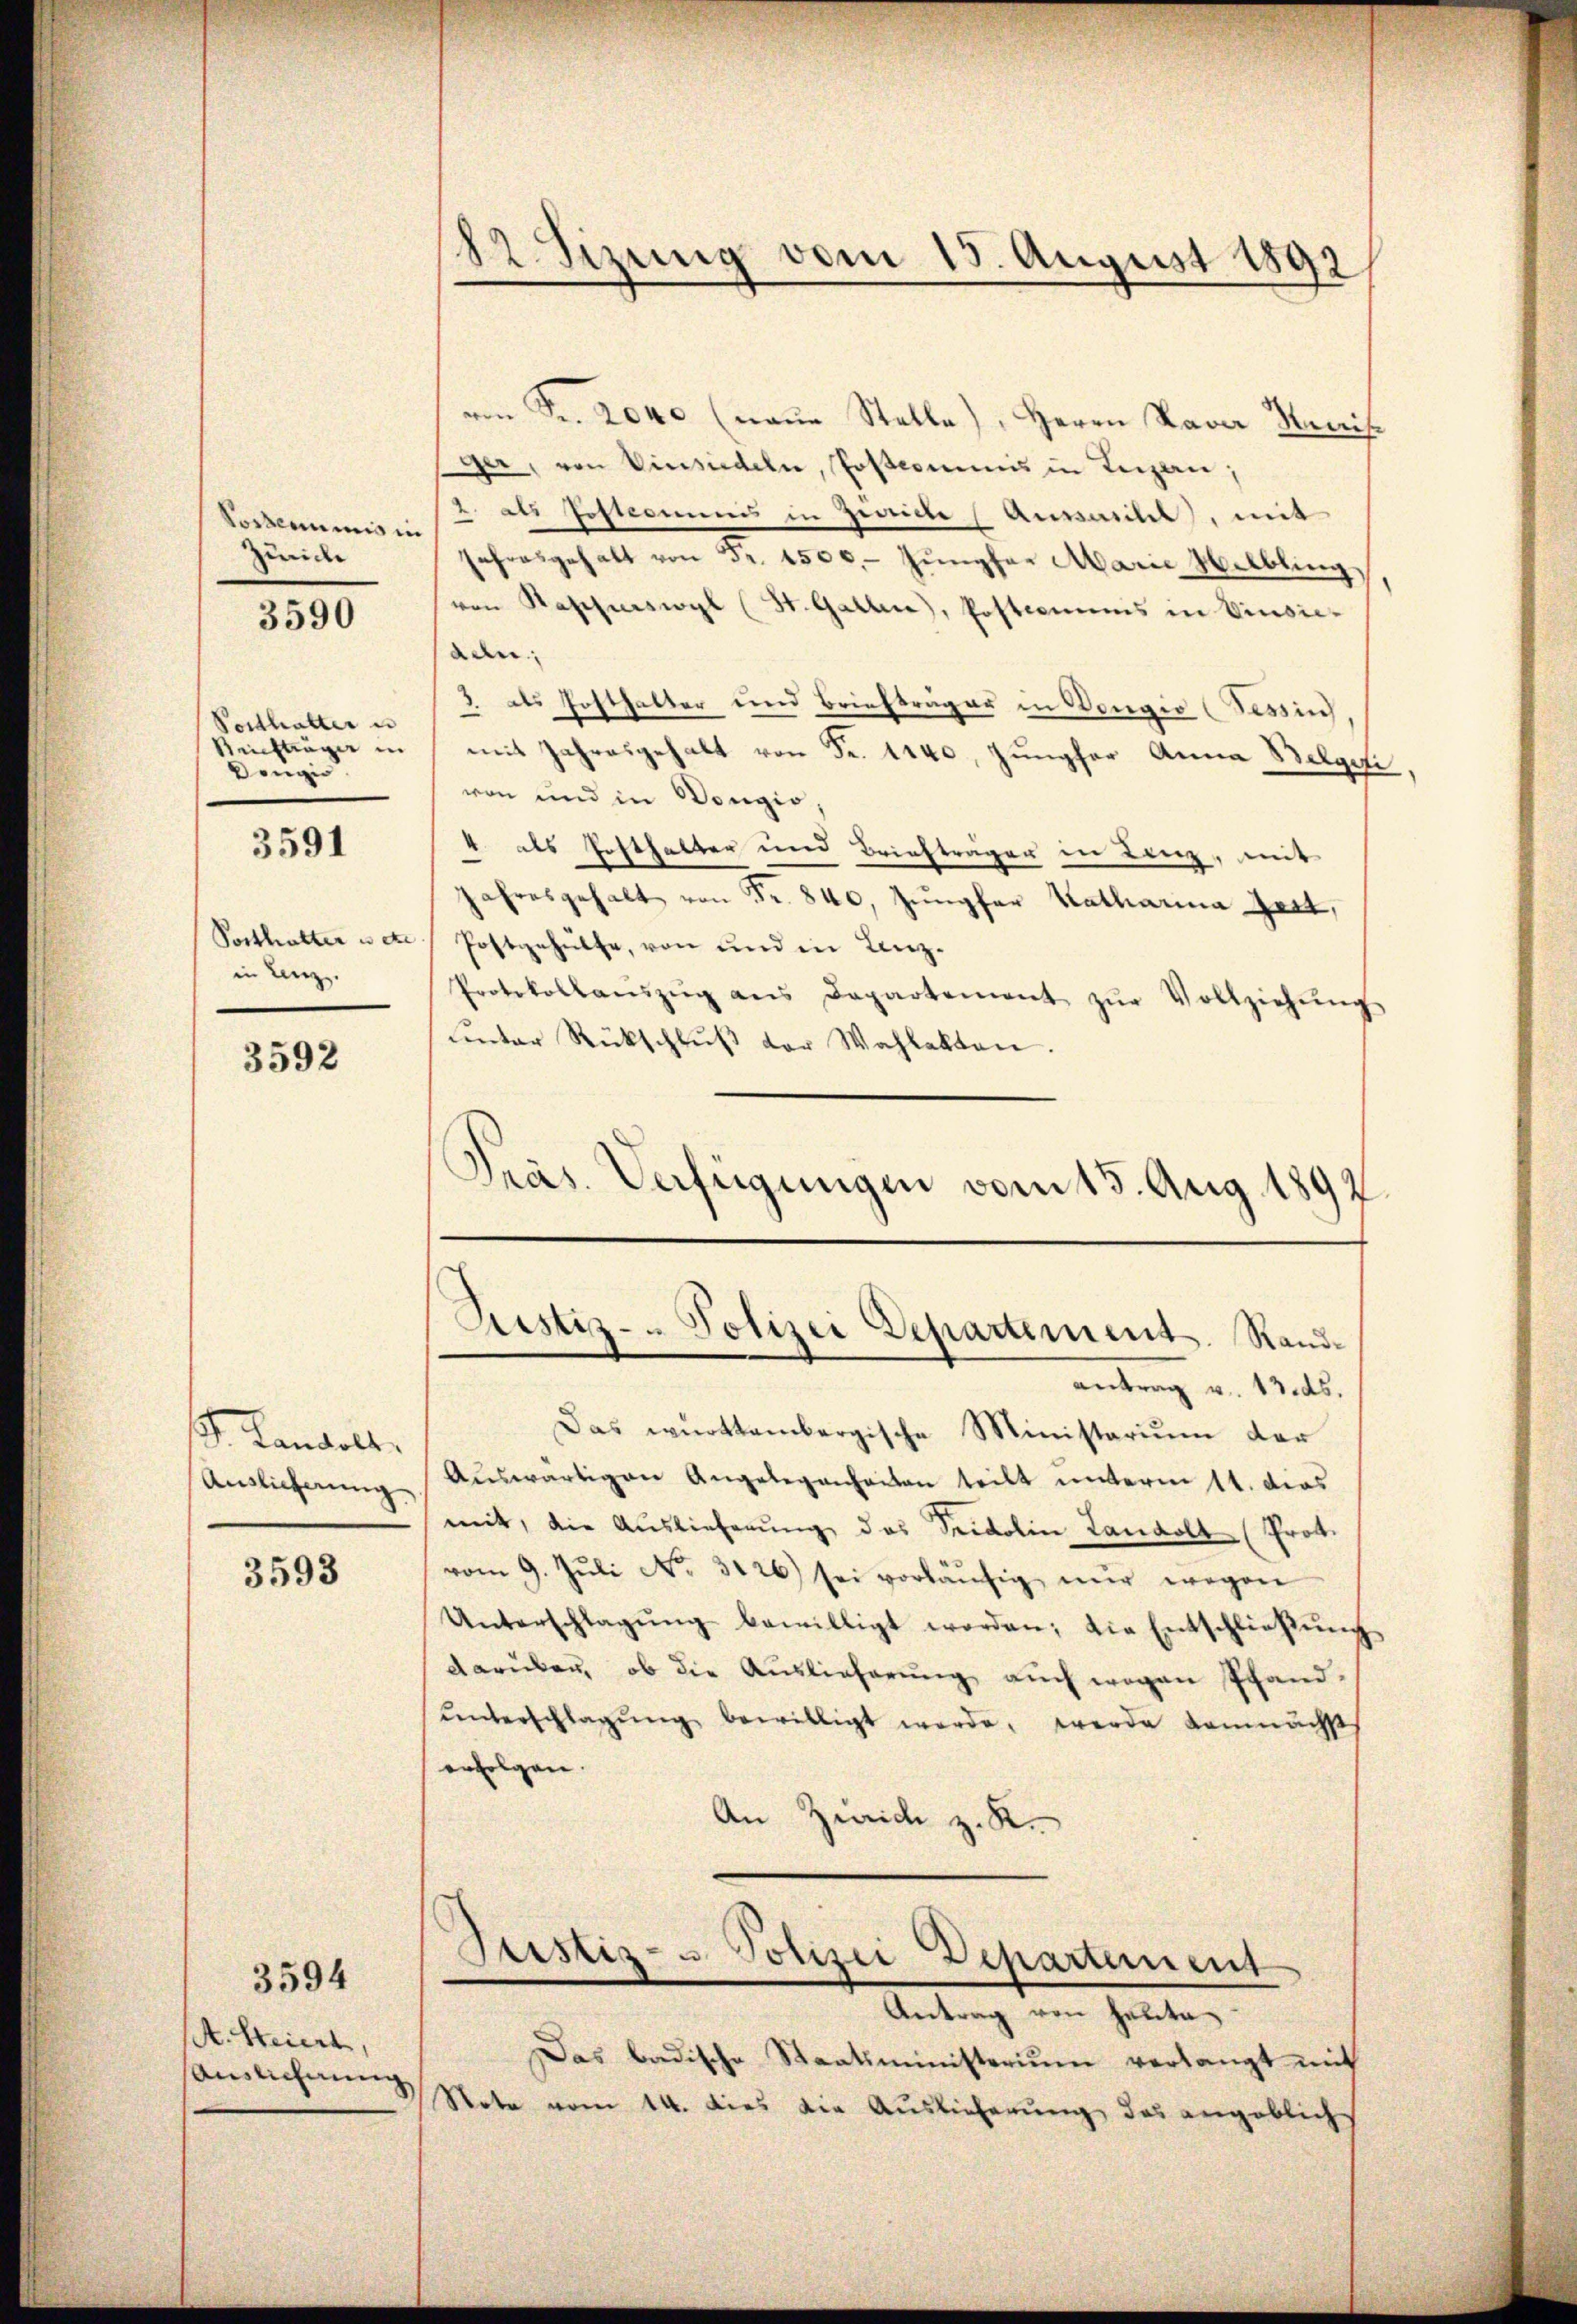
Possenumis in
Leide

3590

Potthalter u
Dougie

3591

in Lenz.

3592

. Landelt.

3593

3594

A. Steiert,
Auslichnung

von Fr. 2040 (naue Stelle), Herrn Lava Keis
ger, von Vinsiedeln, Postcommis in Leizan;
2. als Postcommis in Zweiche Aussarilel), mit
Jahresgehalt von Fr. 1500. Jŭngfer Marie Helbling
von Rapperswyl (St. Gallen, Posteriums in Einsie-
an
3 als Posthalter und Briefträger in Vorgio (Tessin
Kiftrage in mit Jahresgehalt von Fr. 1140, Jungfer Anna Belgeri,
von und in Vorgio
4 als Posthalter und Briefträger in Linz, mit
Jahresgehalt von Fr. 840, Jungfer Katharina Zeit,
Posthalter u. et Postgehülfe, von und in Linz-
Protokollanszŭg ans Departement zŭr Vollziehŭng
ŭnter Rückschlŭβ der Wahlakten.
Präs. Verfügungen vom 15. Aug. 1892.

82. Sizung vom 15. August 1892

Justiz- Polizei Departement. Rand¬

antrag v. 13. ds.
Das württembergische Ministarium der
Auslieferŭng Aŭswärtigen Angelegenheiten teilt ŭnterm 11. dies
mit, die Auslieferŭng des Seedolin Landolt (Prot.
vom 9. Jŭli No. 3126) sei vorläŭfig nŭr wegen
Unterschlagŭng bewilligt worden; die Entschlieβŭng
darüben, ob die Auslieferung auch wegen Pfand-
ŭnterschlagŭng bewilligt werde, werde demnächst
erfolgen.
An Zürich z. K.

Justiz- u Polizei Departement

Antrag von Halte
Das badische Staatsministerium verlangt mit
Note vom 14. dies die Auslieferung, das angeblich